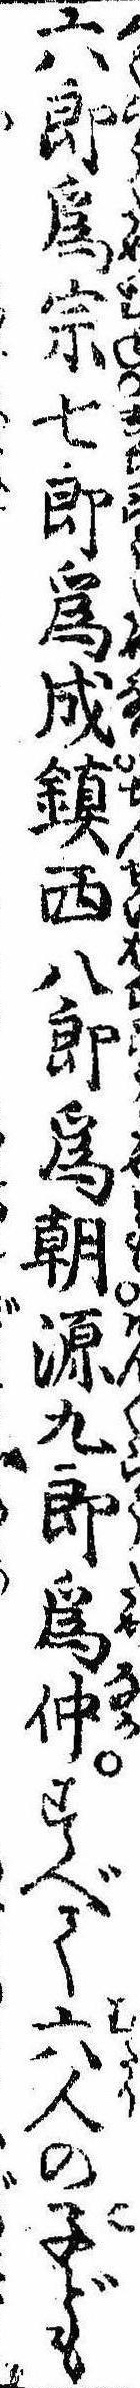
六郎為宗七郎為成鎮西八郎為朝源九郎為仲すべて六人の子ども